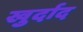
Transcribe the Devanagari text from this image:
खुर्दाद